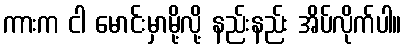
ကားက ငါ မောင်းမှာမို့လို့ နည်းနည်း အိပ်လိုက်ပါ။